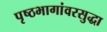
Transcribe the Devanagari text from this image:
पृष्ठभागांवरसुद्धा